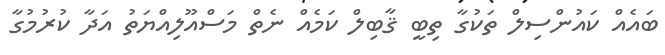
ބައެއް ކައުންސިލް ތަކުގާ ތިބީ ޤާބިލް ކަމެއް ނެތް މަސްއޫލިއްޔަތު އަދާ ކުރުމުގާ